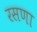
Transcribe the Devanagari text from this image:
रसणा